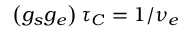
\left( g _ { s } g _ { e } \right) \tau _ { C } = 1 / \nu _ { e }